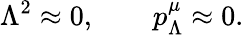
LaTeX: \Lambda^{2}\approx 0,\qquad p_{\Lambda}^{\mu}\approx 0.